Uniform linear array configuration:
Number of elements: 24
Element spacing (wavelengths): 1
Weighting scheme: hann
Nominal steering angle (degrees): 15
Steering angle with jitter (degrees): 14.825
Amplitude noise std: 0.05
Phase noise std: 0.05

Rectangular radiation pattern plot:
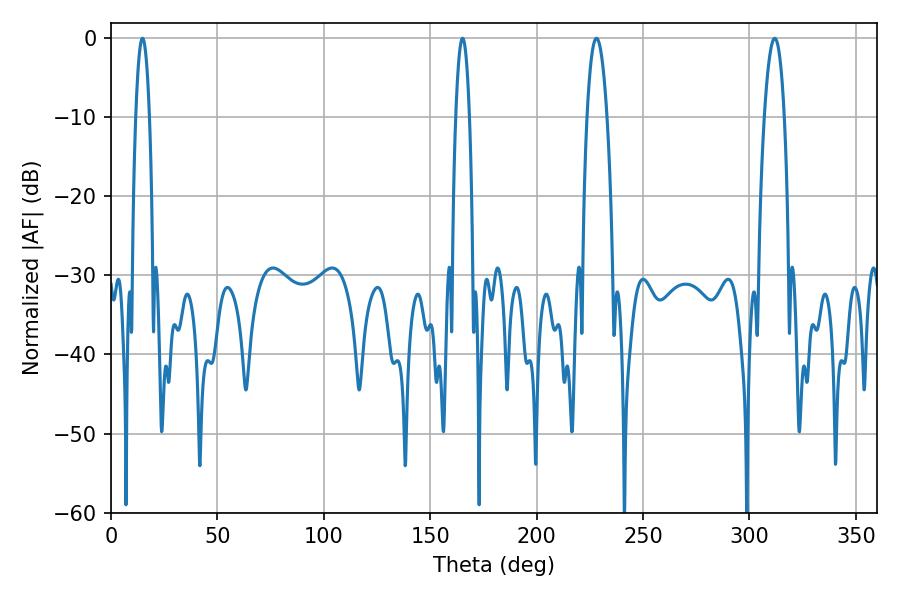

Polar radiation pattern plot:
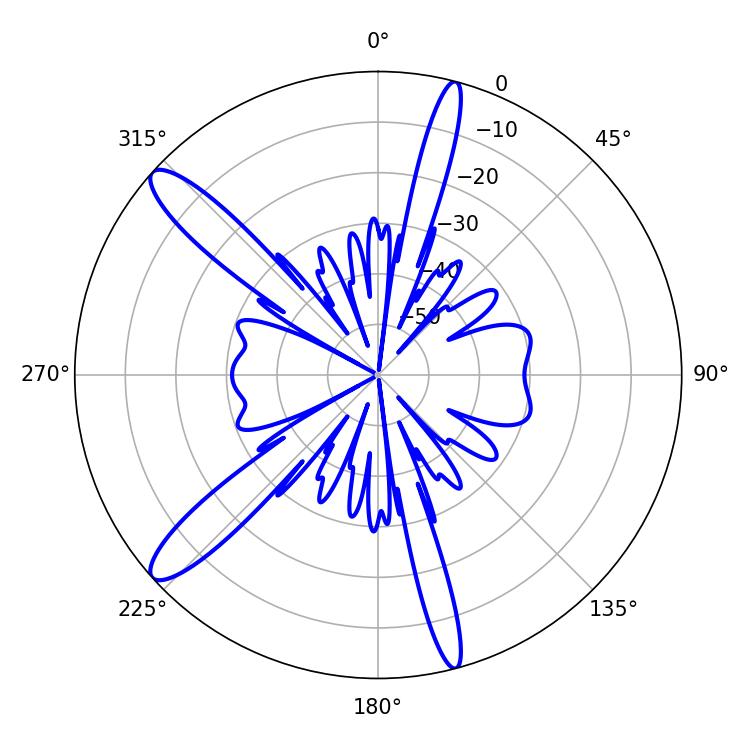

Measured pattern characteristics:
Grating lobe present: TRUE
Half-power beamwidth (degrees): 5.22
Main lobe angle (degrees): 228.06